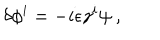
\delta \phi ^ { i } = - i \epsilon \gamma ^ { i } \psi ~ ,